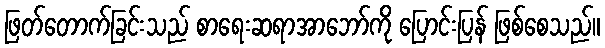
ဖြတ်တောက်ခြင်းသည် စာရေးဆရာအာဘော်ကို ပြောင်းပြန် ဖြစ်စေသည်။